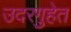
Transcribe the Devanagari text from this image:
उदरगुहेत